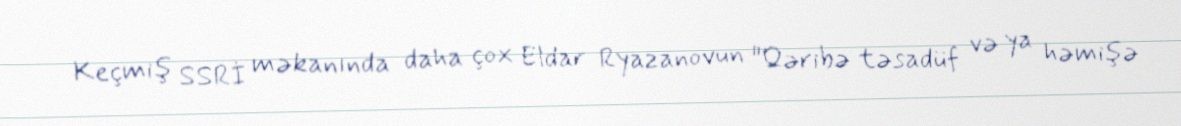
Keçmiş SSRİ məkanında daha çox Eldar Ryazanovun "Qəribə təsadüf və ya həmişə